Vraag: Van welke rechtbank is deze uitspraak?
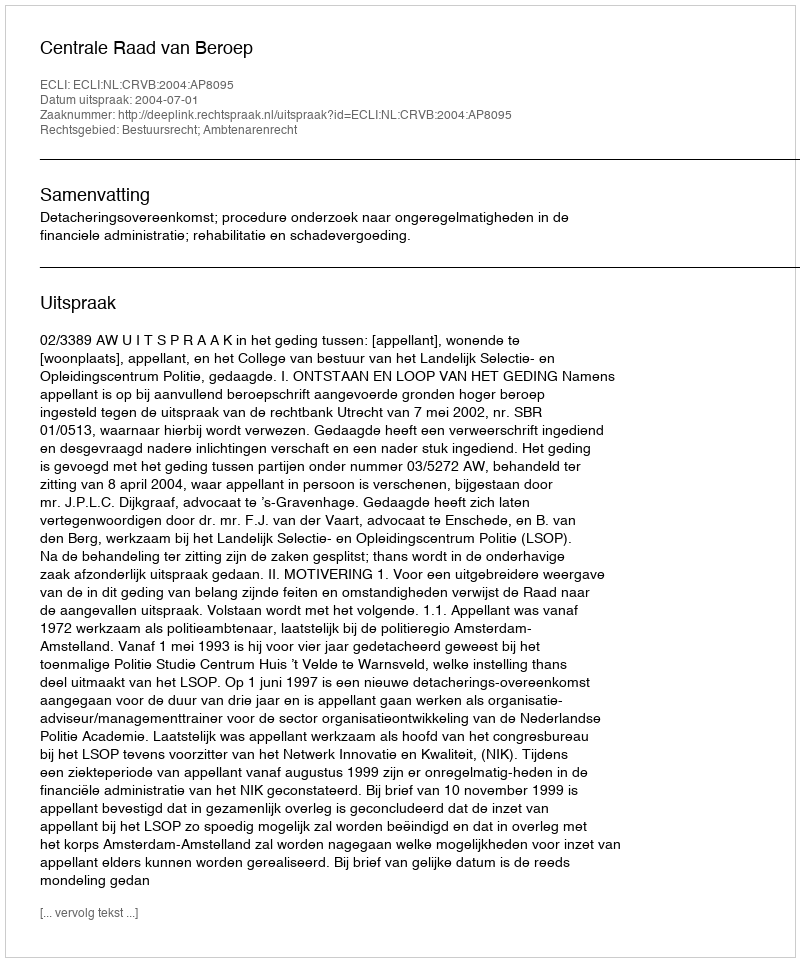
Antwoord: Centrale Raad van Beroep